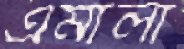
এমালা